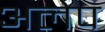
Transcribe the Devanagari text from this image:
अलेप